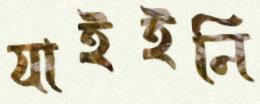
যাইইনি